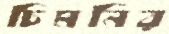
চিমনির